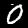
Label: 0